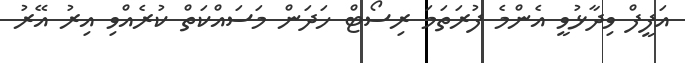
އަފީފް ވިދާޅުވީ އެންމެ ފުރަތަމަ ރިސޯޓް ހަދަން މަސައްކަތް ކުރެއްވި އިރު އޭރު